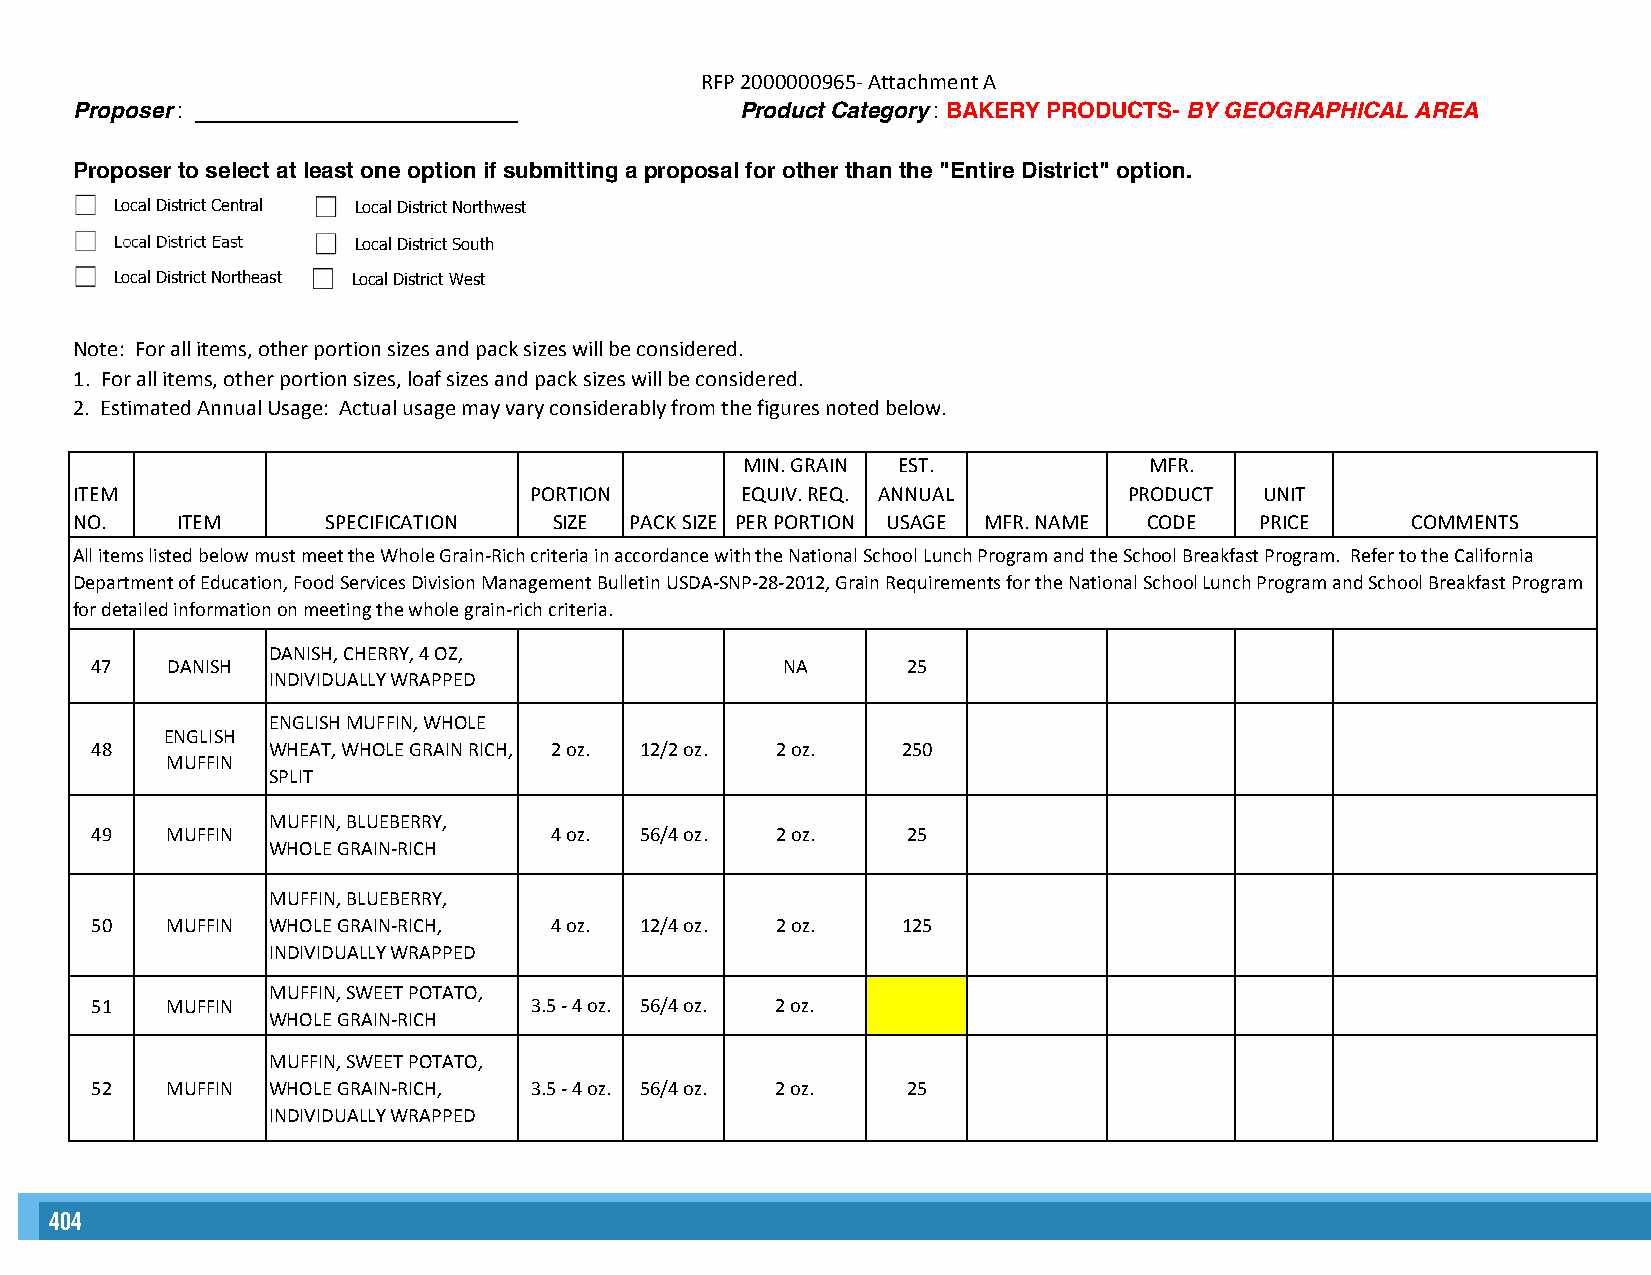
RFP 2000000965- Attachment A
 Proposer: __________________________        Product Category: BAKERY PRODUCTS- BY GEOGRAPHICAL AREA
 Proposer to select at least one option if submitting a proposal for other than the "Entire District" option.
 Local District Central Local District Northwest
 Local District East Local District South
 Local District Northeast Local District West
 Note: For all items, other portion sizes and pack sizes will be considered.
 1. For all items, other portion sizes, loaf sizes and pack sizes will be considered.
 2. Estimated Annual Usage: Actual usage may vary considerably from the figures noted below.
 MIN. GRAIN EST.            MFR.
 ITEM                          PORTION       EQUIV. REQ. ANNUAL        PRODUCT  UNIT
 NO.    ITEM      SPECIFICATION  SIZE PACK SIZE PER PORTION USAGE MFR. NAME CODE PRICE   COMMENTS
 All items listed below must meet the Whole Grain-Rich criteria in accordance with the National School Lunch Program and the School Breakfast Program. Refer to the California
 Department of Education, Food Services Division Management Bulletin USDA-SNP-28-2012, Grain Requirements for the National School Lunch Program and School Breakfast Program
 for detailed information on meeting the whole grain-rich criteria.
 DANISH, CHERRY, 4 OZ,
 47   DANISH                                   NA      25
 INDIVIDUALLY WRAPPED
 ENGLISH MUFFIN, WHOLE
 ENGLISH
 48          WHEAT, WHOLE GRAIN RICH, 2 oz. 12/2 oz. 2 oz. 250
 MUFFIN
 SPLIT
 MUFFIN, BLUEBERRY,
 49   MUFFIN                   4 oz. 56/4 oz. 2 oz.    25
 WHOLE GRAIN-RICH
 MUFFIN, BLUEBERRY,
 50   MUFFIN WHOLE GRAIN-RICH, 4 oz. 12/4 oz. 2 oz.    125
 INDIVIDUALLY WRAPPED
 MUFFIN, SWEET POTATO,
 51   MUFFIN                  3.5 - 4 oz. 56/4 oz. 2 oz.
 WHOLE GRAIN-RICH
 MUFFIN, SWEET POTATO,
 52   MUFFIN WHOLE GRAIN-RICH, 3.5 - 4 oz. 56/4 oz. 2 oz. 25
 INDIVIDUALLY WRAPPED
 404